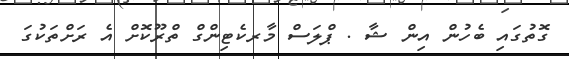
ގޮތުގައި ބެހުން އިން ޝާ . ޕްލަސް މާރކެޓިންގް ތްރޫކޮށް އެ ރަށްތަކުގަ